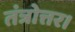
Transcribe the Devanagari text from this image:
तंत्रोत्तर।